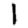
Digit: 1